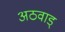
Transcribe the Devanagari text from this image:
अठवाड्